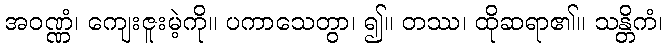
အဝဏ္ဏံ၊ ကျေးဇူးမဲ့ကို။ ပကာသေတွာ၊ ၍။ တဿ၊ ထိုဆရာ၏။ သန္တိကံ၊